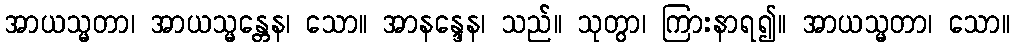
အာယသ္မတာ၊ အာယသ္မန္တေန၊ သော။ အာနန္ဒေန၊ သည်။ သုတွာ၊ ကြားနာရ၍။ အာယသ္မတာ၊ သော။